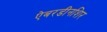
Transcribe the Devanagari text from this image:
ऐबरडीनशिर